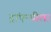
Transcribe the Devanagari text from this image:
ट्रांएन्थीला